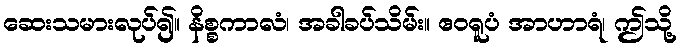
ဆေးသမားလုပ်၍။ နိစ္စကာလံ၊ အခါခပ်သိမ်း။ ဧဝရူပံ အာဟာရံ၊ ဤသို့